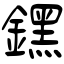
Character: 𨭆